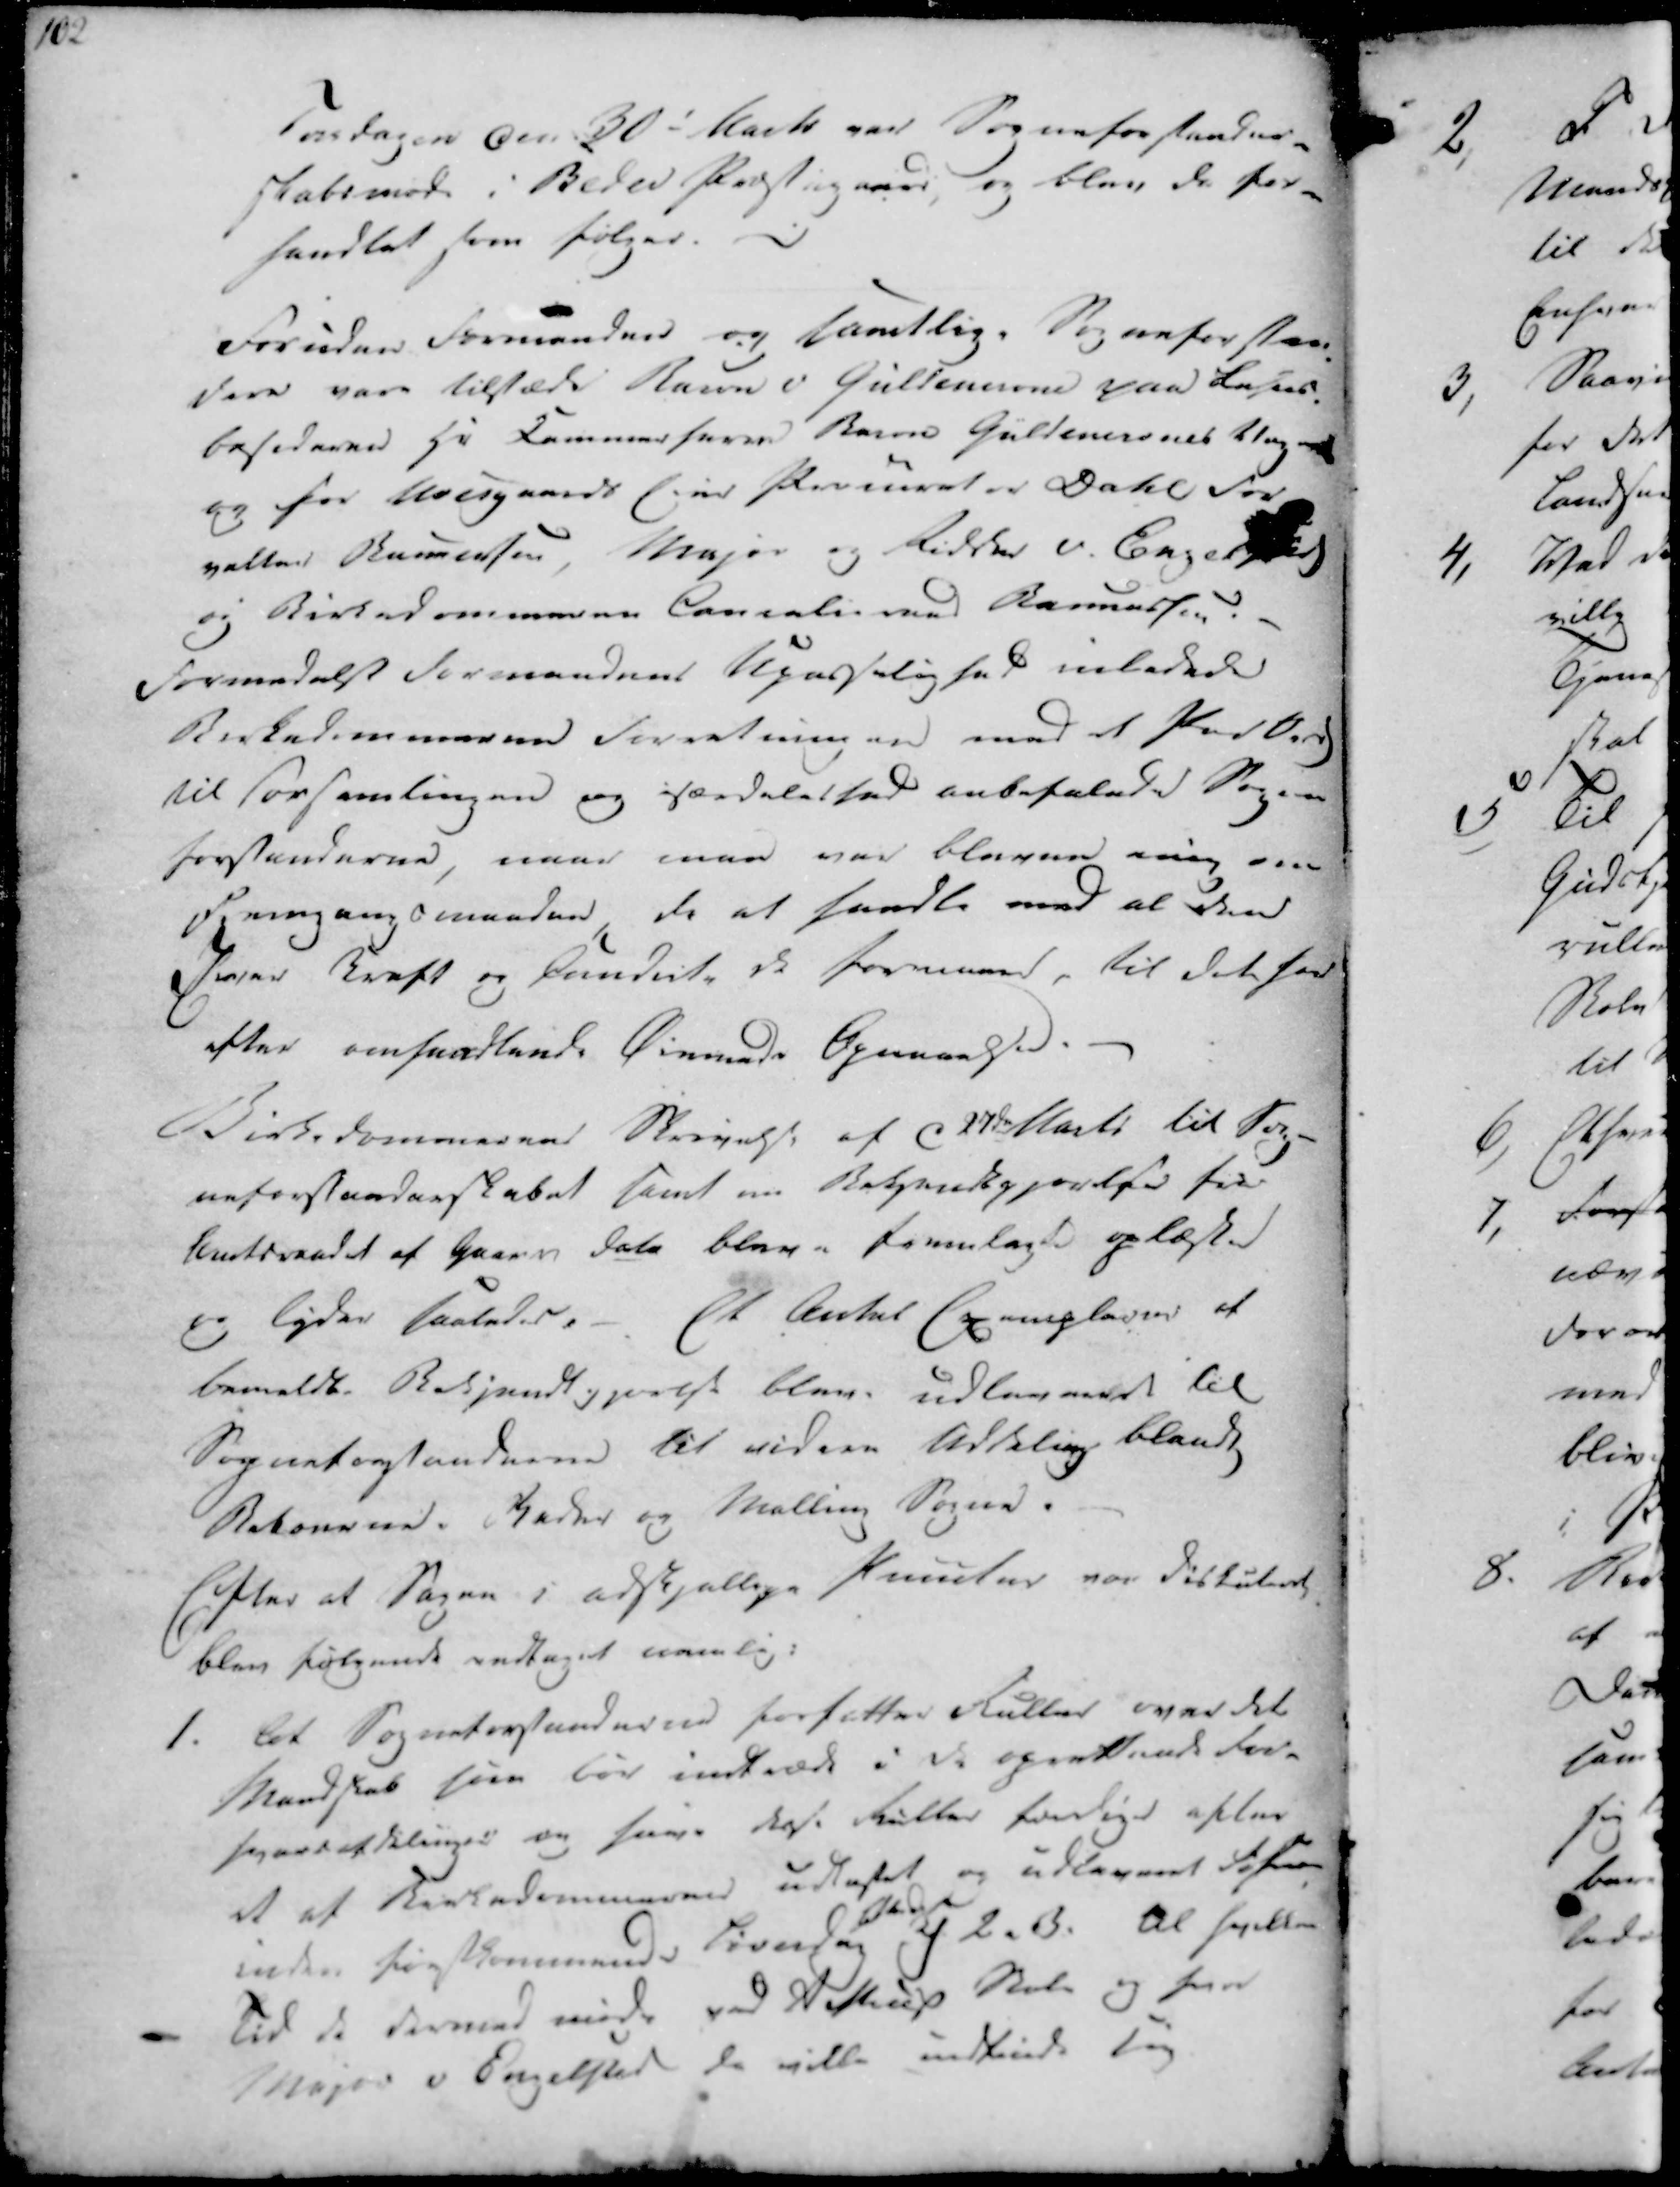
Transskription:
102

Torsdagen den 30. Marts var Sogneforstander-
skabsmøde i Beder Præstegaard, og blev de for-
handlet som følger.

Foruden Formanden og samtlige Sogneforstan-
dere vare tilstæde Baron v. Güldencrone paa Lehns.
Besiderne Hr. Kammerherre Baron Güldencrones Vegne
og for Unesgaards Eier Procurator Dahl for
valter Rasmussen, Major og Ridder v. Enge
og Birkedommeren Cancalieraad Rasmussen.
Formedelst Formandens Upasselighed inledede
Birkedommeren Forretningen med et Passeg
til Forsamlingen og særdeleshed anbefalede Sogne
forstanderne, naar man var bleven enig om
Fremgangsmaaden da at handle med al den
Iver Kraft og Condite de formaaer, til det for
efter omhandlende Øiemeds Opnaaelse.

Birkedommerens Skrivelse af C 27de Marts til Sog-
neforstanderskabet samt en Bekjendtgjørelse fra
Amtsraadet af Gaars dato bleve i fremlagte oplæste
og lyder saaledes.
Et Antal Exemplarer af
bemeldte Bekjendtgjørelse bleve udleveeret til
Sogneforstanderne til videre Uddeling blandt
Beboerne i Beder og Mallem Sogne.
Efter at Sogne i adskjellige Knuuter var diskuteret
blev følgende indtaget nemlig:

1. At Sogneforstanderne forfatter Ruller over det
Mandskab som bør indtræde i de oprettende For-
sognsafdelinger og have disse Ruller fordige efter
et af Birkedommerne udlagtet og udleveret tiher
inden førstkommende Sørndag Y 2. B. Al hvilken
Tid de dermed møde ved Seltrup Skole og hvor
Major v Engelsted da ville indfinde sig